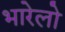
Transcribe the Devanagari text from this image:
भारेलो